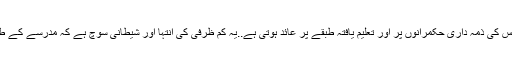
پاکستانی معاشرے کا بھیانک چہرہ ہے جس کی ذمہ داری حکمرانوں پر اور تعلیم یافتہ طبقے پر عائد ہوتی ہے..یہ کم ظرفی کی انتہا اور شیطانی سوچ ہے کہ مدرسے کے طالب علم اور مدارس کو بدنام کیا جاتا ہے۔